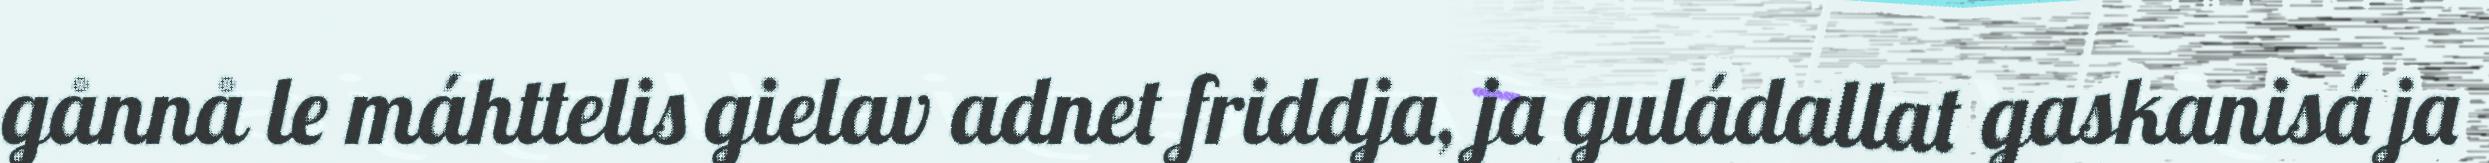
gånnå le máhttelis gielav adnet friddja, ja guládallat gaskanisá ja